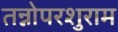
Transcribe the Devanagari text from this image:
तन्नोपरशुराम